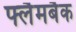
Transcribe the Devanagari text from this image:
फ्लैमबैक